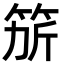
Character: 𥭄